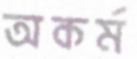
অকর্ম